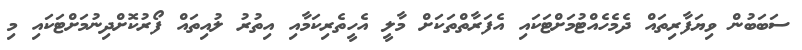
ސަބަބުން ވިޔަފާރިތައް ދެމެހެއްޓުމަށްޓަކައި އެފަރާތްތަކަށް މާލީ އެހީތެރިކަމާއި އިތުރު ލުއިތައް ފޯރުކޮށްދިނުމަށްޓަކައި މި